Civil Veterinary Department Bihar & Orissa reports 1911-21 - 1911-1921
Year: 1911
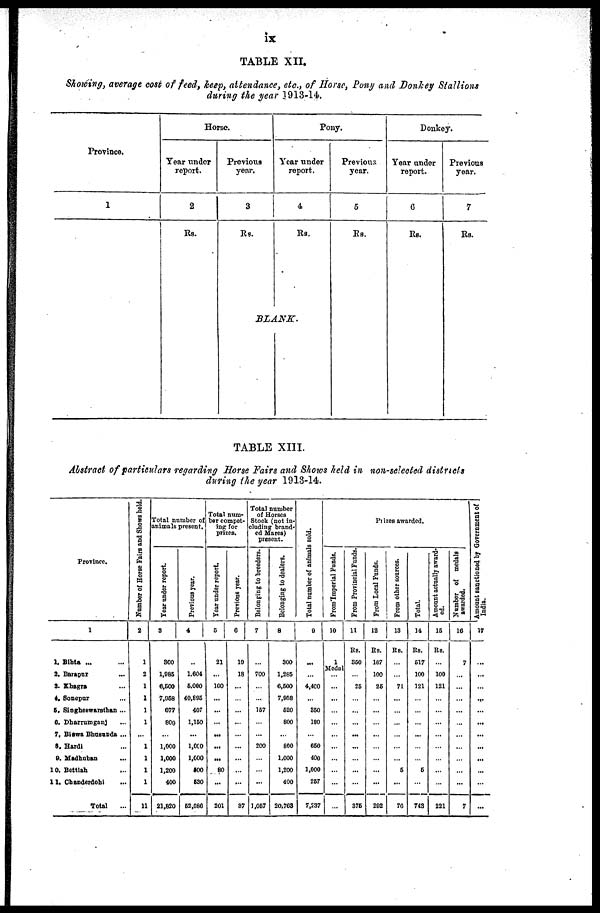
ix
TABLE XII.
Showing, average cost of feed, keep, attendance, etc., of Horse, Pony and Donkey Stallions
during the year 1913-14.
Province.
1
Horse.
Tear under
report.
2
Rs.
Previous
year.
3
Rs.
Pony.
Year under
report.
4
Rs.
BLANK.
Previous
year.
5
Rs.
Donkey.
Year under
report.
6
RS.
Previous
year.
7
Rs.
TABLE XIII.
Abstract of particulars regarding Horse Fairs and Shows held in non-selected districts
during the year 1913-14.
Province.
1
1. Bihta ... ...
2. Barapur ...
3. Khagra ...
4. Sonepur ...
5. Singheswarsthan ...
6. Dharrumganj ...
7. Biswa Bhusunda ...
8. Hardi ...
9. Madhuban ...
10. Bettiah ...
11. Chanderdohi ...
Total...
Number of Horse Fairs and Shows held.
2
1
2
1
1
1
1
...
1
1
1
1
11
Total number of
animals present.
Year under report.
3
300
1,985
6,500
7,968
677
800
...
1,000
1,000
1,200
400
21,820
Previous year.
4
...
1,604
5,000
40,895
407
1,150
...
1,000
1,000
500
630
62,080
Total num-
ber compet-
ing for
prizes.
Year under report.
5
21
...
100
...
...
...
...
...
...
80
...
201
Previous year.
6
10
18
...
...
...
...
...
...
...
...
...
87
Total number
of Horses
Stock (not in-
cluding brand-
ed Mares)
present.
Belonging to breeders.
7
...
700
...
...
167
...
...
200
...
...
...
1,067
Belonging to dealers.
8
300
1,285
6,600
7,958
620
800
...
800
1,000
1,200
400
20,763
Total number of animals sold.
9
...
...
4,400
...
350
180
...
650
400
1,000
257
7,237
Prizes awarded.
From Imperial Funds.
10
1
Medal
...
...
...
...
...
...
...
...
...
...
...
From Provincial Funds.
11
Rs.
350
...
25
...
...
...
...
...
...
...
...
376
From Local Funds.
12
Rs.
107
100
25
...
...
...
...
...
...
...
...
292
From other sources.
13
Rs.
...
...
71
...
...
...
...
...
...
6
...
70
Total.
14
Rs.
517
100
121
...
...
...
...
...
...
5
...
743
Amount actually award-
ed.
15
Rs.
...
100
121
...
...
...
...
...
...
...
...
221
Number of medals
awarded.
16
7
...
...
...
...
...
...
...
...
...
...
7
Amount sanctioned by Government of
India.
17
...
...
...
...
...
...
...
...
...
...
...
...